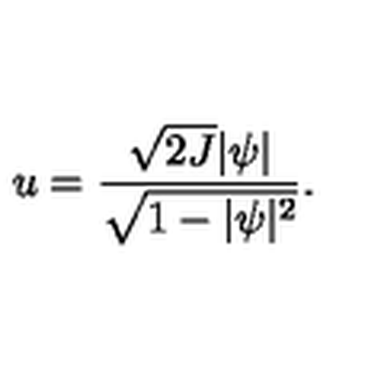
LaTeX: u = \frac { \sqrt { 2 J } \vert \psi \vert } { \sqrt { 1 - \vert \psi \vert ^ { 2 } } } .